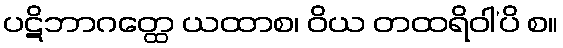
ပဋိဘာဂတ္ထေ ယထာစ၊ ဝိယ တထရိဝါ’ပိ စ။